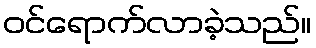
ဝင်ရောက်လာခဲ့သည်။